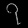
Digit: ၇